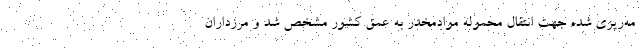
مه‌ریزی شده جهت انتقال محموله موادمخدر به عمق کشور مشخص شد و مرزداران